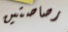
رصاصتين